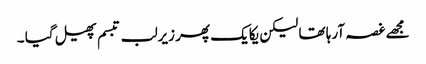
مجھے غصہ آرہا تھا لیکن یکایک پھر زیرلب تبسم پھیل گیا ۔